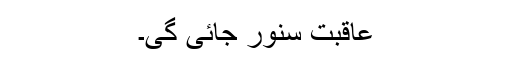
عاقبت سنور جائی گی۔